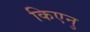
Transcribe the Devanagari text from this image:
किएनु